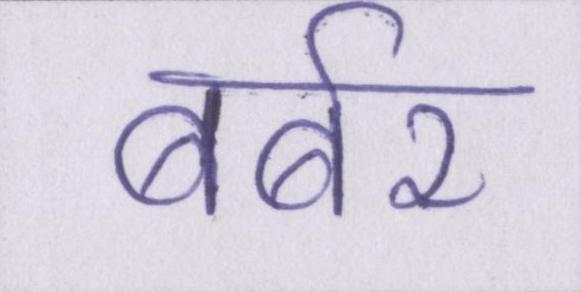
बर्बर